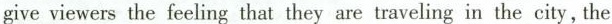
give viewers the feeling that they are traveling in the city, the